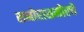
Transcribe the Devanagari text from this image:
समोरासमोरचे